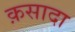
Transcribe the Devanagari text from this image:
क़सादा